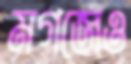
মগজেও